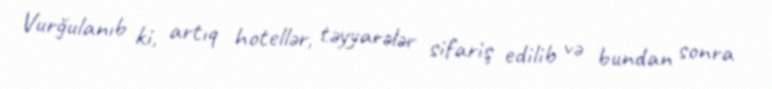
Vurğulanıb ki, artıq hotellər, təyyarələr sifariş edilib və bundan sonra